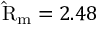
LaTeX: \mathrm { \hat { R } } _ { \mathrm { m } } = 2 . 4 8